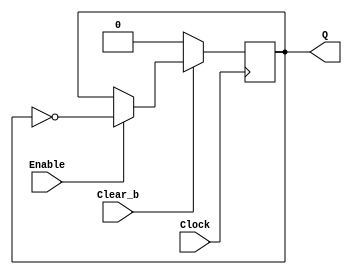
`timescale 1ns/1ns

module tflipflop (Clock, Enable, Clear_b, Q);
	input Clock, Enable, Clear_b;
	output reg Q;
	
	always @ (posedge Clock)
		if (Clear_b == 1'b0)
			Q <= 0;
		else
			if (Enable == 1'b1)
				Q <= ~Q;
			else
				Q <= Q;
endmodule

module part1(Clock, Enable, Clear_b, CounterValue);
	input Clock, Enable, Clear_b;
	output [7:0] CounterValue;
	wire [7:0] w;
	
	assign w[0] = Enable;
	assign w[1] = w[0] & CounterValue[0];
	assign w[2] = w[1] & CounterValue[1];
	assign w[3] = w[2] & CounterValue[2];
	assign w[4] = w[3] & CounterValue[3];
	assign w[5] = w[4] & CounterValue[4];
	assign w[6] = w[5] & CounterValue[5];
	assign w[7] = w[6] & CounterValue[6];

	tflipflop tff0(Clock, w[0], Clear_b, CounterValue[0]);
	tflipflop tff1(Clock, w[1], Clear_b, CounterValue[1]);
	tflipflop tff2(Clock, w[2], Clear_b, CounterValue[2]);
	tflipflop tff3(Clock, w[3], Clear_b, CounterValue[3]);
	tflipflop tff4(Clock, w[4], Clear_b, CounterValue[4]);
	tflipflop tff5(Clock, w[5], Clear_b, CounterValue[5]);
	tflipflop tff6(Clock, w[6], Clear_b, CounterValue[6]);
	tflipflop tff7(Clock, w[7], Clear_b, CounterValue[7]);
endmodule

module eightbitcounter (KEY, SW, HEX0, HEX1);
	input [0:0] KEY;
	input [1:0] SW;
	wire [7:0] w;
	output [3:0] HEX0, HEX1;
	
	assign HEX0 = w[3:0];
	assign HEX1 = w[7:4];
	
	part1 p1(KEY[0], SW[1], SW[0], w);
	
endmodule